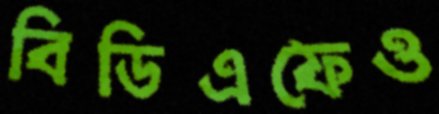
বিডিএফেও